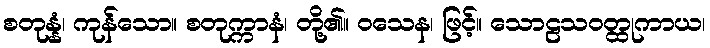
စတုန္နံ၊ ကုန်သော။ စတုက္ကာနံ၊ တို့၏။ ဝသေန၊ ဖြင့်။ သောဠသဝတ္ထုကာယ၊